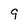
Character: 9